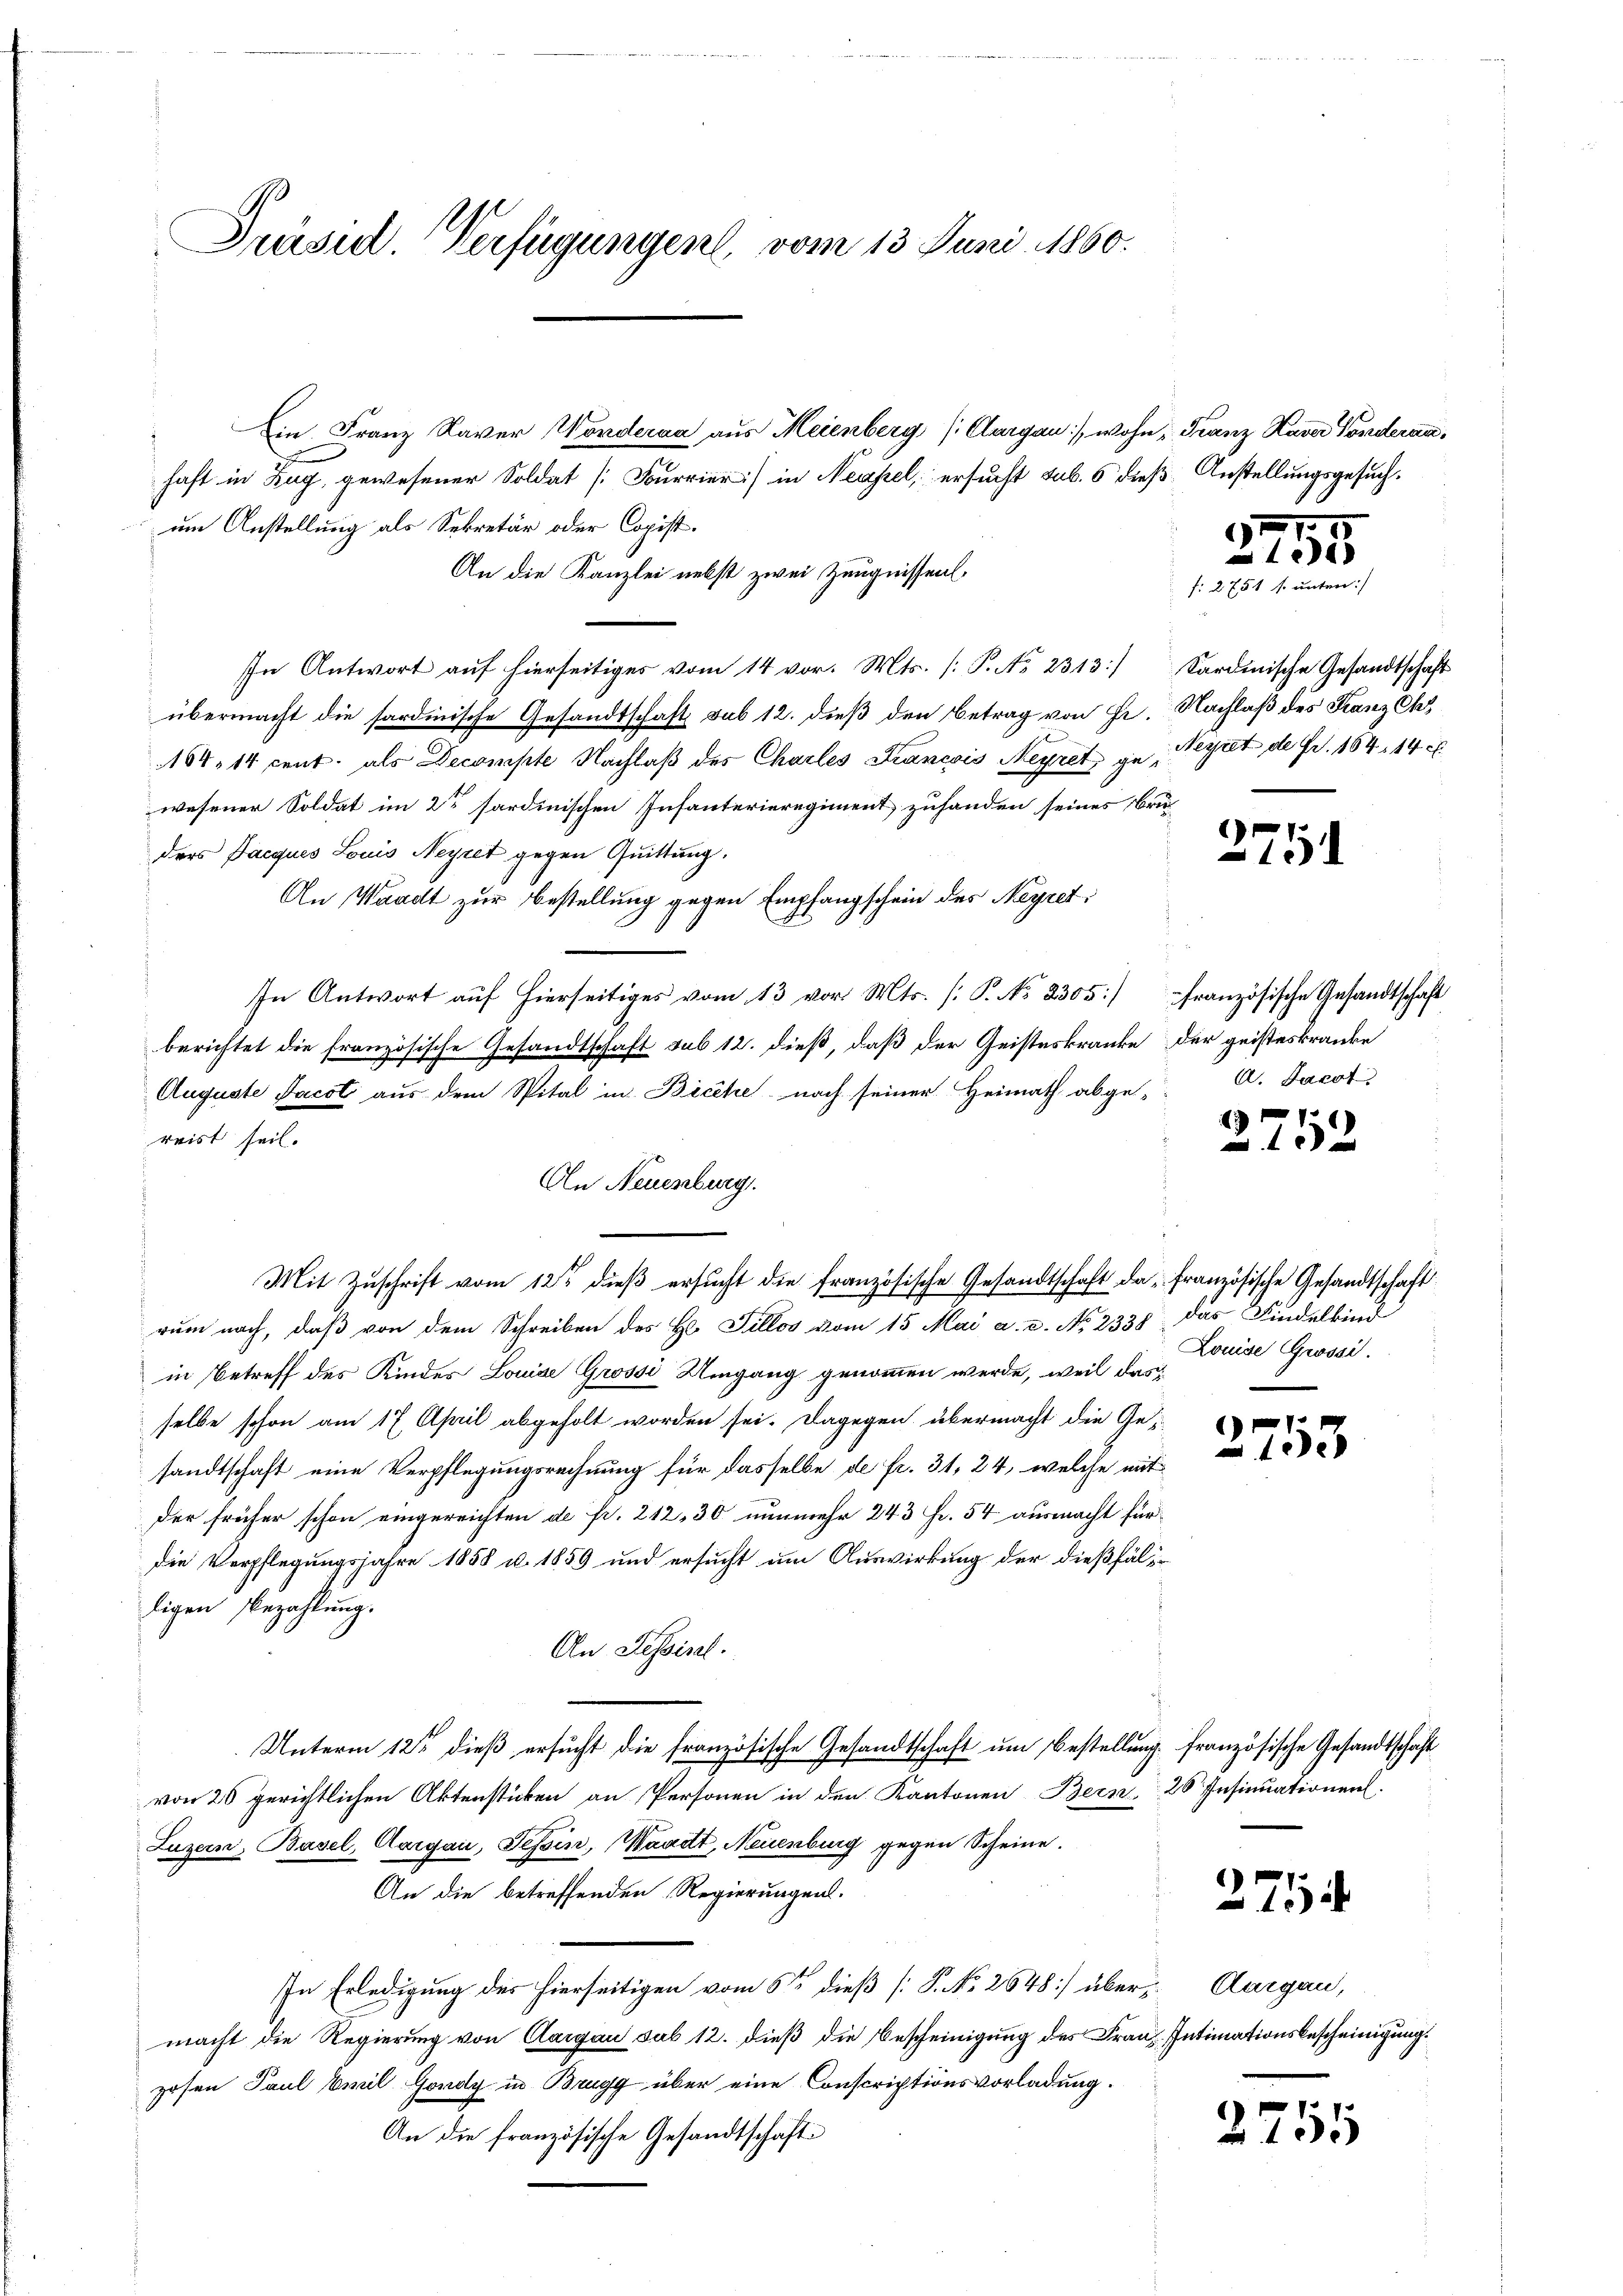
Prüsel. Verfügungen, vom 13. Juni 1860.

Ein Franz Xaver Wonderaa aus Meienberg (Cargau), wohn Franz Kaver Sonderanhaft in Zug, gewesener Soldat [Fourrier] in Neapel, ersucht sub. 5 dieß Anstellungsgesuchum Anstellung als Sekretär oder Copist.
An die Kanzlei nebst zwei Zeugnissen.
In Antwort auf hierseitiges vom 14 vor. Mts. (T. No 2313/
übermacht die sardinische Gesandtschaft sub 12. dieß den Betrag von Ge¬
154. 14 cent. als Decompte Nachlaβ des Charles Francois Meyret ge-Meyret de Fr. 164. 14. c
wesener Soldat im 2te sardinischen Infanterieregiment zuhanden seines Bru
ders Dacques Louis Neyret gegen Quittung.
An Waadt zur Bestellung gegen Empfangschein des Neyret;
In Antwort auf hierseitiges vom 13 vor. Mts. [P. No. 2305)
berichtet die französische Gesandtschaft sub 12. dieß, daß der Geisteskranke
Auguste Jacot aus dem Spital in Bicche nach seiner Heimath abge-
reist seil.
rum nach, daß von dem Schreiben des H. Tillos vom 15. Mai a. c. No 233 das Findelkind
in Betreff des Kindes Louise Grossi Umgang genommen werde, weil das
selbe schon am 17. April abgeholt worden sei. Dagegen übermacht die Gesandtschaft eine Verpflegungsrechnung für dasselbe de fr. 31, 24, welche mit
der früher schon eingereichten de fr. 212, 30 nunmehr 243 Fr. 54 ausmacht für
die Verpflegungsjahre 1858 u. 1859 und ersucht um Auswirkung der dießfäldigen Bezahlung.
An Sessist.
Unterm 12ten dieß ersucht die französische Gesandtschaft um Bestellung französische Gesandtschaft
von 26 gerichtlichen Aktenstücken an Personen in den Kantonen Bern 26. Insinuationens.
Luzern, Basel, Aargau, Tessin, Waadt, Neuenburg gegen Scheine.
An die betreffenden Regierungen.
In Erledigung der hierseitigen vom 6ten dieß [P. No. 2648] über Aargau,
macht die Regierung von Aargau sub 12. dieß die Bescheinigung des Franz Intimationsbescheinigung.
zosen Paul Emil Gondy in Brugg über eine Conscriptionsvorladung.
An die französische Gesandtschaft

An Neuenburg.
Mit Zuschrift vom 12ten dieß ersucht die französische Gesandtschaft da französische Gesandtschaft

55

f: 2751 f. unten:/
Sardinische Gesandtschaft
Nachlaß des Franz Ch

271

französische Gesandtschaft
der geisteskranke
A. Jacot.

1921
13x

Louise Grossi.

r
192

)
1 xx

2751